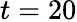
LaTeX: t=20